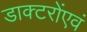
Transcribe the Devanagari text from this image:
डाक्टरोंएवं